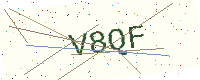
Text: V8QF